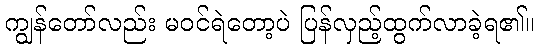
ကျွန်တော်လည်း မဝင်ရဲတော့ပဲ ပြန်လှည့်ထွက်လာခဲ့ရ၏။